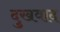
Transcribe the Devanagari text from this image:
दुखवाद